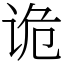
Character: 诡